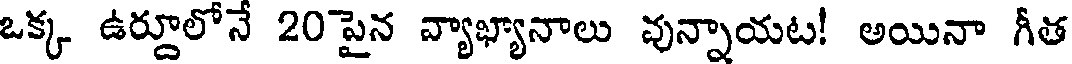
ఒక్క ఉర్దూలోనే 20 పైన వ్యాఖ్యానాలు వున్నాయట! అయినా గీత